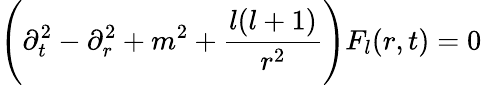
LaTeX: \Biggl(\partial_{t}^{2}-\partial_{r}^{2}+m^{2}+\frac{l(l+1)}{r^{2}}\Biggr)F_{l}(r,t)=0